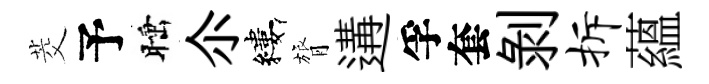
茭予睡尒縷膂遘孚套剝拆蘊